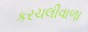
કરચલીવાળા